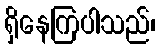
ရှိနေကြပါသည်၊